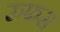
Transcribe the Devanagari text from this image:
रुफस